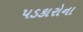
પડકારોના